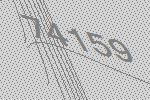
74159